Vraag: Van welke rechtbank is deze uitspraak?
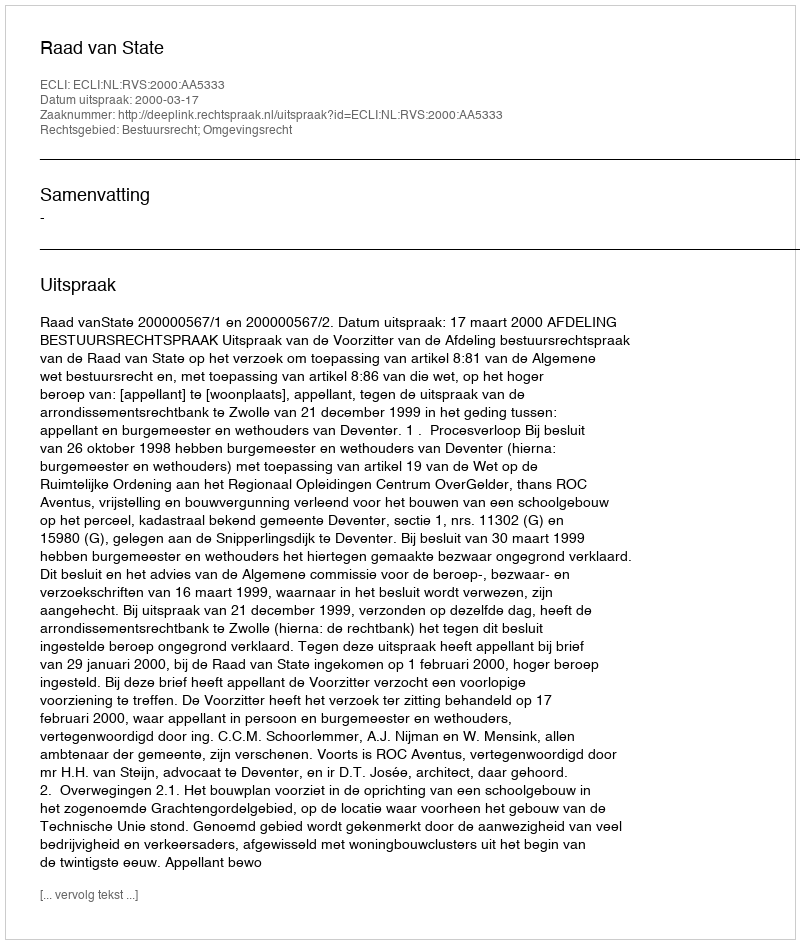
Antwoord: Raad van State